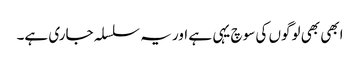
ابھی بھی لوگوں کی سوچ یہی ہے اور یہ سلسلہ جاری ہے۔